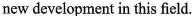
new development in this field.